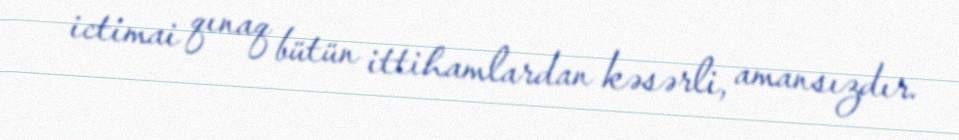
ictimai qınaq bütün ittihamlardan kəsərli, amansızdır.